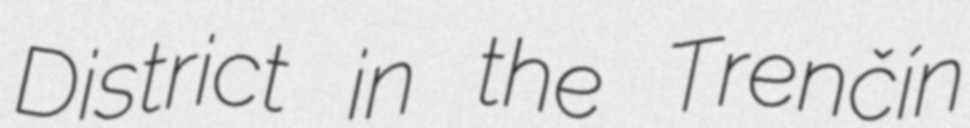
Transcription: District in the Trenčín